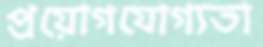
প্রয়োগযোগ্যতা